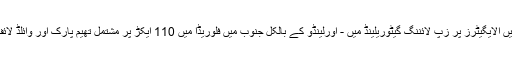
کوشش کریں الایگیٹرز پر زپ لائننگ گیٹوریلینڈ میں - اورلینڈو کے بالکل جنوب میں فلوریڈا میں 110 ایکڑ پر مشتمل تھیم پارک اور وائلڈ لائف کا تحفظ۔